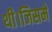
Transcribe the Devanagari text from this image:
थी।जिसमे